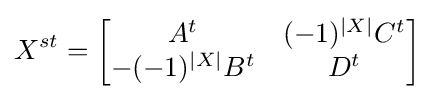
X^{st}={\begin{bmatrix}A^{t}&(-1)^{|X|}C^{t}\\-(-1)^{|X|}B^{t}&D^{t}\end{bmatrix}}